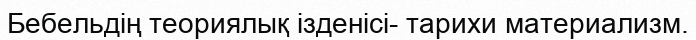
Бебельдің теориялық ізденісі- тарихи материализм.